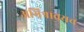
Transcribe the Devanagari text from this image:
अभिश्रावयव